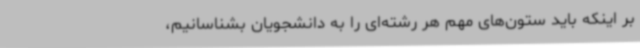
بر اینکه باید ستون‌های مهم هر رشته‌ای را به دانشجویان بشناسانیم،